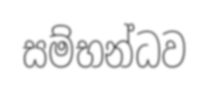
සම්භන්ධව